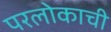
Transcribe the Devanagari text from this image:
परलोकाची